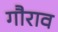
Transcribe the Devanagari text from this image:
गौराव